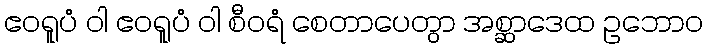
ဧဝရူပံ ဝါ ဧဝရူပံ ဝါ စီဝရံ စေတာပေတွာ အစ္ဆာဒေထ ဥဘောဝ